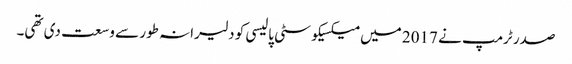
صدر ٹرمپ نے 2017 میں میکسیکو سٹی پالیسی کو دلیرانہ طور سے وسعت دی تھی۔